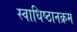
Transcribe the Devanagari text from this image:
स्वाधिष्ठानक्रम